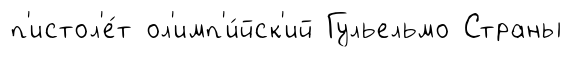
п'истол'е́т ол'имп'и́йск'ий Гульельмо Страны